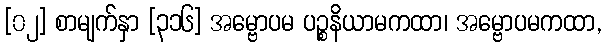
[၀၂] စာမျက်နှာ [၃၁၆] အမ္ဗောပမ ပဉ္စနိယာမကထာ၊ အမ္ဗောပမကထာ,